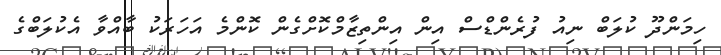
ހިމަންދޫ ކުލަބް ނިއު ފުރެންޑްސް އިން އިންތިޒާމްކޮށްގެން ކޮންމެ އަހަރަކު ބާއްވާ އެކުލަބްގެ